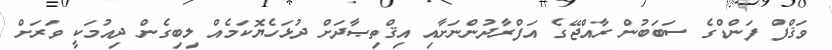
ވަޤްފް ފަންޑްގެ ސަބަބުން ރާއްޖޭގެ އަފްރާދުންނަށާއި އިޤްތިޞާދަށް ދުޅަހެޔޮކަމެއް ލިބިގެން ދިއުމަކީ ވަރަށް